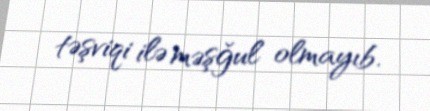
təşviqi ilə məşğul olmayıb.